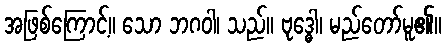
အဖြစ်ကြောင့်။ သော ဘဂဝါ၊ သည်။ ဗုဒ္ဓေါ၊ မည်တော်မူ၏။